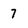
Character: 7